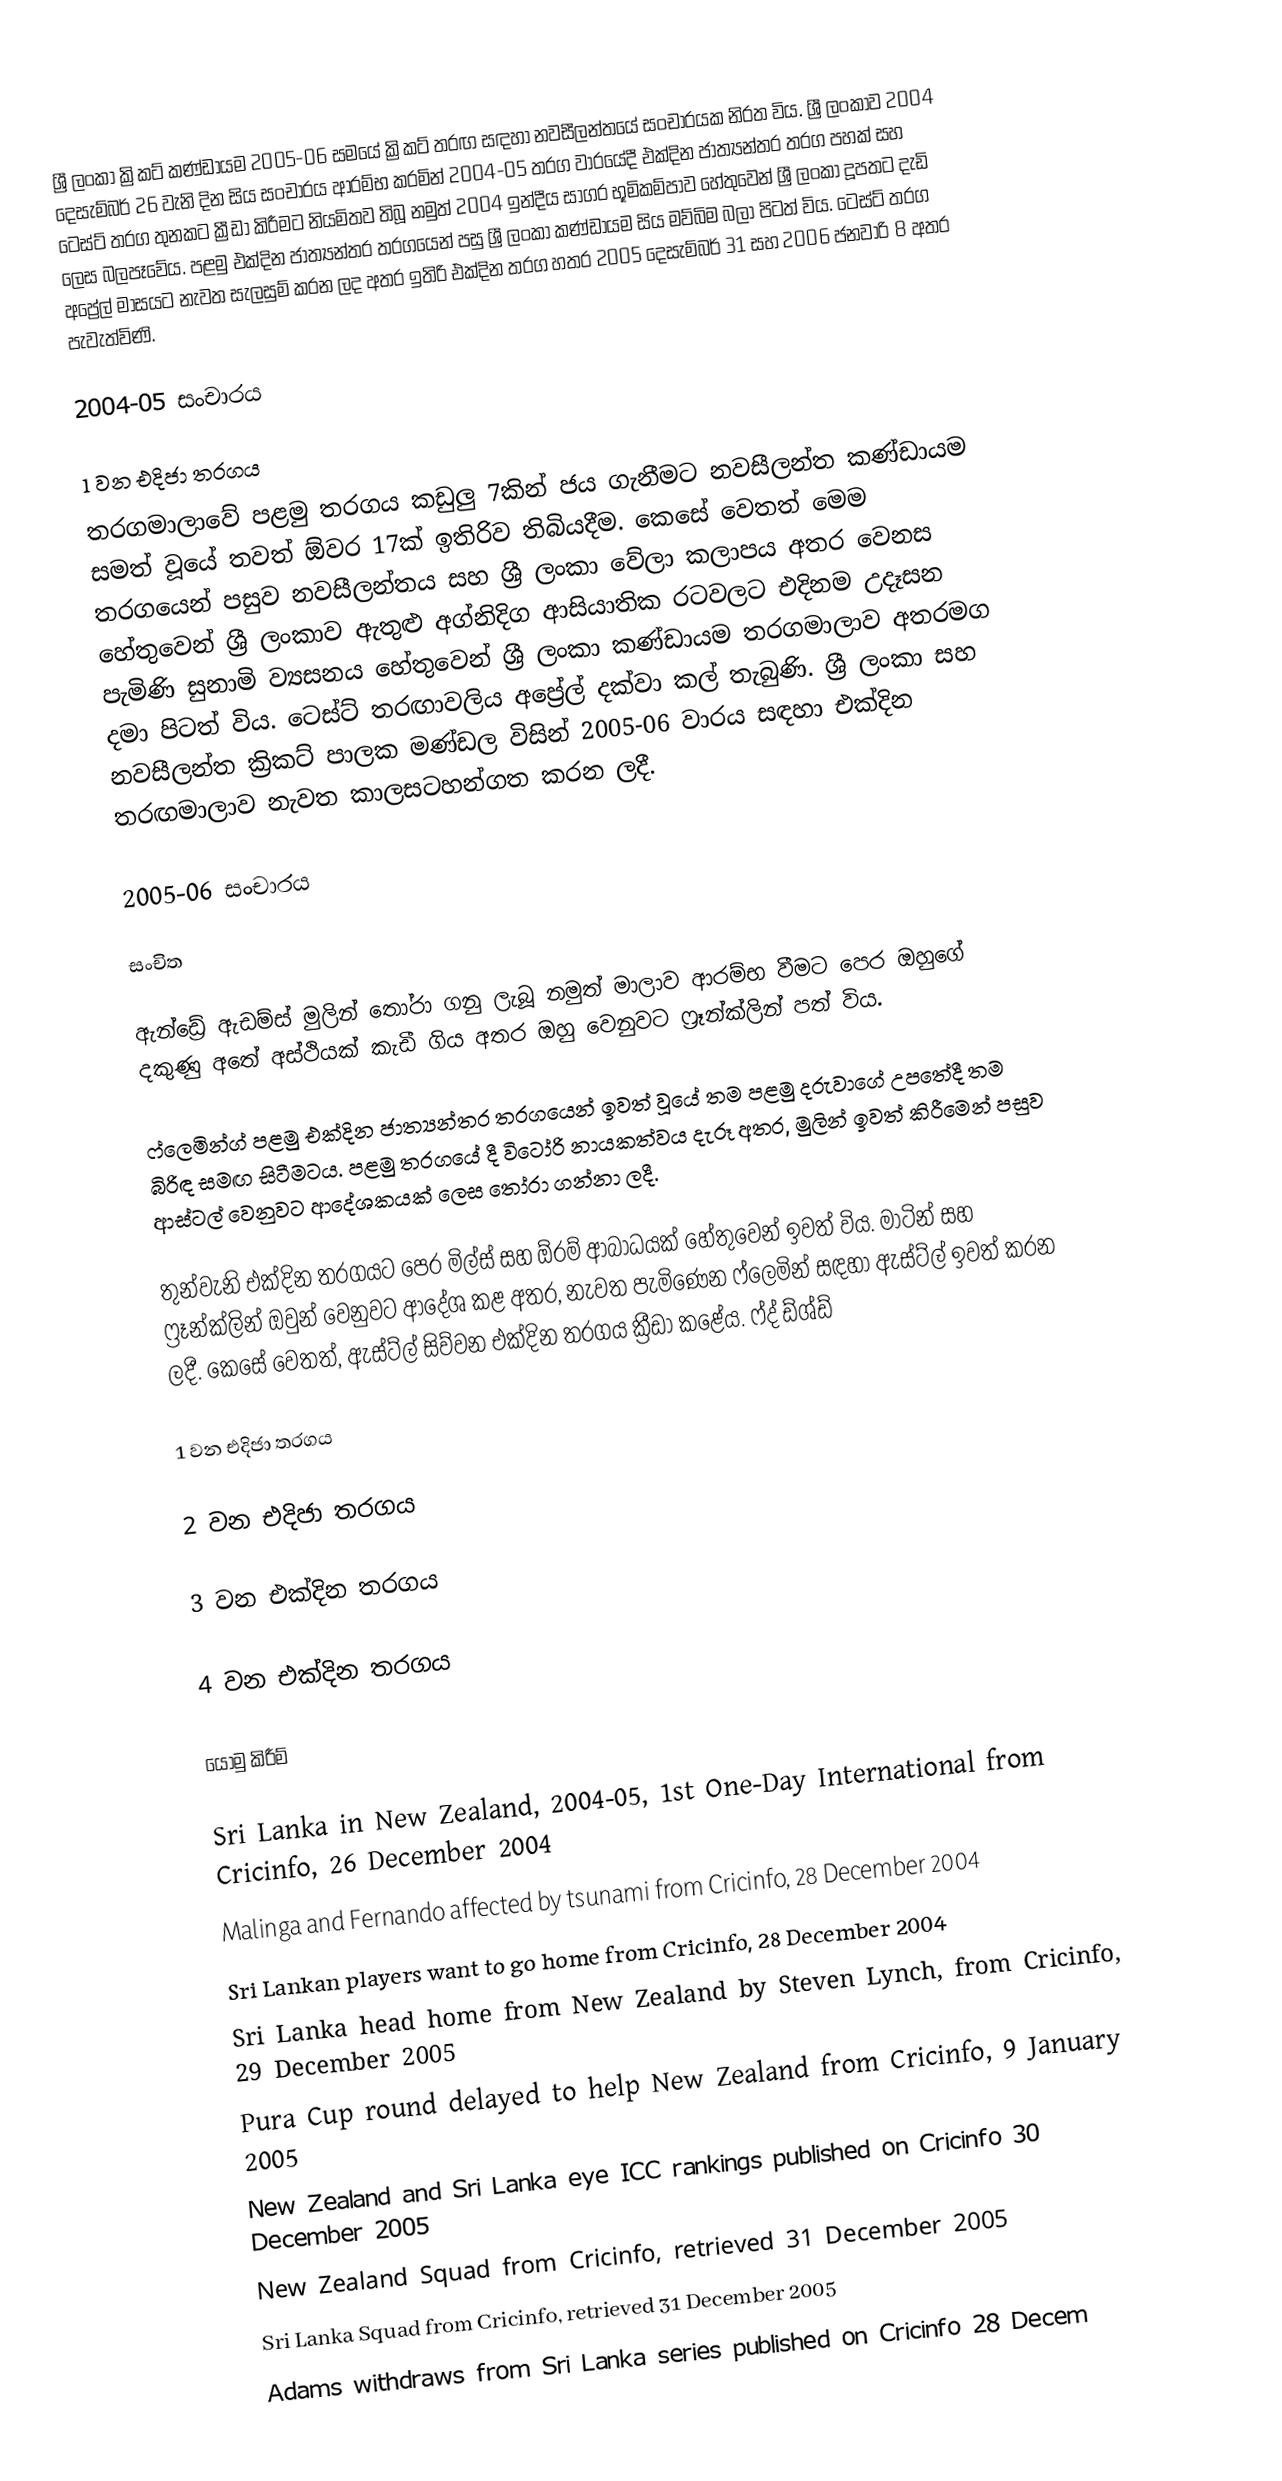
ශ්‍රී ලංකා ක්‍රිකට් කණ්ඩායම 2005-06 සමයේ ක්‍රිකට් තරඟ සඳහා නවසීලන්තයේ සංචාරයක නිරත විය. ශ්‍රී ලංකාව 2004 දෙසැම්බර් 26 වැනි දින සිය සංචාරය ආරම්භ කරමින් 2004-05 තරග වාරයේදී එක්දින ජාත්‍යන්තර තරග පහක් සහ ටෙස්ට් තරග තුනකට ක්‍රීඩා කිරීමට නියමිතව තිබූ නමුත් 2004 ඉන්දීය සාගර භූමිකම්පාව හේතුවෙන් ශ්‍රී ලංකා දූපතට දැඩි ලෙස බලපෑවේය. පළමු එක්දින ජාත්‍යන්තර තරගයෙන් පසු ශ්‍රී ලංකා කණ්ඩායම සිය මව්බිම බලා පිටත් විය. ටෙස්ට් තරග අප්‍රේල් මාසයට නැවත සැලසුම් කරන ලද අතර ඉතිරි එක්දින තරග හතර 2005 දෙසැම්බර් 31 සහ 2006 ජනවාරි 8 අතර පැවැත්විණි.

2004-05 සංචාරය

1 වන එදිජා තරගය
තරගමාලාවේ පළමු තරගය කඩුලු 7කින් ජය ගැනීමට නවසීලන්ත කණ්ඩායම සමත් වූයේ තවත් ඕවර 17ක් ඉතිරිව තිබියදීම. කෙසේ වෙතත් මෙම තරගයෙන් පසුව නවසීලන්තය සහ ශ්‍රී ලංකා වේලා කලාපය අතර වෙනස හේතුවෙන් ශ්‍රී ලංකාව ඇතුළු අග්නිදිග ආසියාතික රටවලට එදිනම උදෑසන පැමිණි සුනාමි ව්‍යසනය හේතුවෙන් ශ්‍රී ලංකා කණ්ඩායම තරගමාලාව අතරමග දමා පිටත් විය. ටෙස්ට් තරඟාවලිය අප්‍රේල් දක්වා කල් තැබුණි. ශ්‍රී ලංකා සහ නවසීලන්ත ක්‍රිකට් පාලක මණ්ඩල විසින් 2005-06 වාරය සඳහා එක්දින තරඟමාලාව නැවත කාලසටහන්ගත කරන ලදී.

2005-06 සංචාරය

සංචිත

ඇන්ඩ්‍රේ ඇඩම්ස් මුලින් තෝරා ගනු ලැබූ නමුත් මාලාව ආරම්භ වීමට පෙර ඔහුගේ දකුණු අතේ අස්ථියක් කැඩී ගිය අතර ඔහු වෙනුවට ෆ්‍රෑන්ක්ලින් පත් විය.

ෆ්ලෙමින්ග් පළමු එක්දින ජාත්‍යන්තර තරගයෙන් ඉවත් වූයේ තම පළමු දරුවාගේ උපතේදී තම බිරිඳ සමඟ සිටීමටය. පළමු තරගයේ දී විටෝරි නායකත්වය දැරූ අතර, මුලින් ඉවත් කිරීමෙන් පසුව ආස්ටල් වෙනුවට ආදේශකයක් ලෙස තෝරා ගන්නා ලදී.

තුන්වැනි එක්දින තරගයට පෙර මිල්ස් සහ ඕරම් ආබාධයක් හේතුවෙන් ඉවත් විය. මාටින් සහ ෆ්‍රෑන්ක්ලින් ඔවුන් වෙනුවට ආදේශ කළ අතර, නැවත පැමිණෙන ෆ්ලෙමින් සඳහා ඇස්ට්ල් ඉවත් කරන ලදී. කෙසේ වෙතත්, ඇස්ට්ල් සිව්වන එක්දින තරගය ක්‍රීඩා කළේය. ෆ්ද් ඩ්ශ්ඩ්

1 වන එදිජා තරගය

2 වන එදිජා තරගය

3 වන එක්දින තරගය

4 වන එක්දින තරගය

යොමු කිරීම්

   Sri Lanka in New Zealand, 2004-05, 1st One-Day International from Cricinfo, 26 December 2004
   Malinga and Fernando affected by tsunami from Cricinfo, 28 December 2004
   Sri Lankan players want to go home from Cricinfo, 28 December 2004
   Sri Lanka head home from New Zealand by Steven Lynch, from Cricinfo, 29 December 2005
   Pura Cup round delayed to help New Zealand from Cricinfo, 9 January 2005
   New Zealand and Sri Lanka eye ICC rankings published on Cricinfo 30 December 2005
   New Zealand Squad from Cricinfo, retrieved 31 December 2005
   Sri Lanka Squad from Cricinfo, retrieved 31 December 2005
   Adams withdraws from Sri Lanka series published on Cricinfo 28 Decem